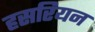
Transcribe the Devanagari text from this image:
हसरियन